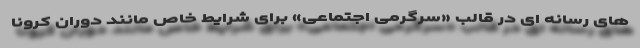
های رسانه ای در قالب «سرگرمی اجتماعی» برای شرایط خاص مانند دوران کرونا